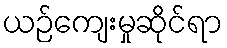
ယဉ်ကျေးမှုဆိုင်ရာ